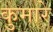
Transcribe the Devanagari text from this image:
कुमारे